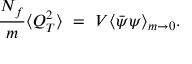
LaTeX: { \frac { N _ { f } } { m } } \langle Q _ { T } ^ { 2 } \rangle ~ = ~ V { \langle \bar { \psi } { \psi } \rangle } _ { m \rightarrow 0 } .